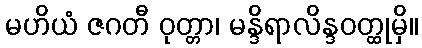
မဟိယံ ဇဂတီ ဝုတ္တာ၊ မန္ဒိရာလိန္ဒဝတ္ထုမှိ။